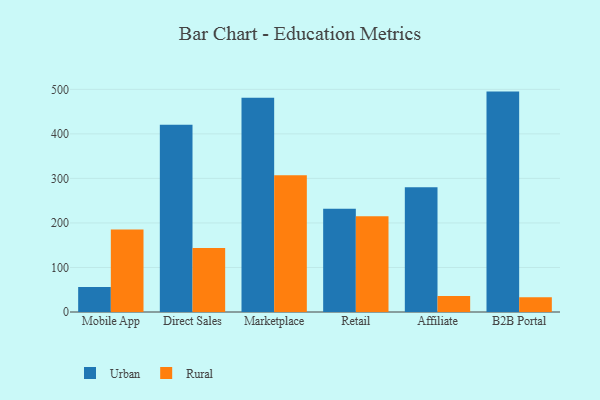
{"axis": {"x": "Channel", "y": "Shipments"}, "legend": ["Rural", "Urban"], "data": [{"x": "Mobile App", "y": 55.9, "type": "Urban"}, {"x": "Mobile App", "y": 185.2, "type": "Rural"}, {"x": "Direct Sales", "y": 420.6, "type": "Urban"}, {"x": "Direct Sales", "y": 143.8, "type": "Rural"}, {"x": "Marketplace", "y": 481.3, "type": "Urban"}, {"x": "Marketplace", "y": 307.0, "type": "Rural"}, {"x": "Retail", "y": 231.9, "type": "Urban"}, {"x": "Retail", "y": 214.9, "type": "Rural"}, {"x": "Affiliate", "y": 280.0, "type": "Urban"}, {"x": "Affiliate", "y": 35.8, "type": "Rural"}, {"x": "B2B Portal", "y": 494.9, "type": "Urban"}, {"x": "B2B Portal", "y": 33.0, "type": "Rural"}]}